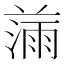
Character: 𰜾